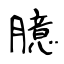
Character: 臆